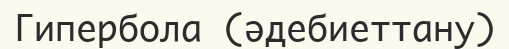
Гипербола (әдебиеттану)